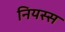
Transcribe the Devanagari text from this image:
नियस्स